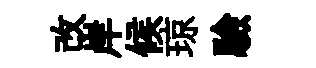
改岸候琼驗